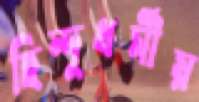
হিন্দুধর্মীয়